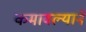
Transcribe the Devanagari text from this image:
कमावल्याने